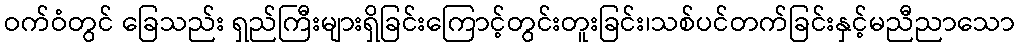
ဝက်ဝံတွင် ခြေသည်း ရှည်ကြီးများရှိခြင်းကြောင့်တွင်းတူးခြင်း၊သစ်ပင်တက်ခြင်းနှင့်မညီညာသော